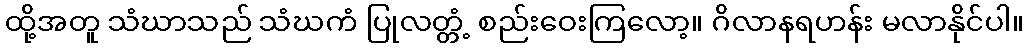
ထို့အတူ သံဃာသည် သံဃကံ ပြုလတ္တံ့ စည်းဝေးကြလော့။ ဂိလာနရဟန်း မလာနိုင်ပါ။